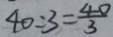
4 0 : 3 = \frac { 4 0 } { 3 }